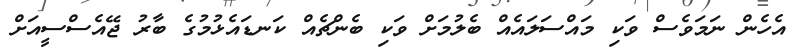
އެހެން ނަމަވެސް ވަކި މައްސަލައެއް ބެލުމަށް ވަކި ބެންޗެއް ކަނޑައެޅުމުގެ ބާރު ޖޭއެސްސީއަށް